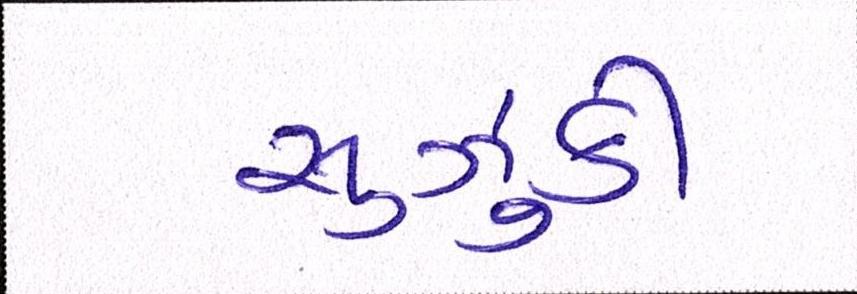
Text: સુઝુકી